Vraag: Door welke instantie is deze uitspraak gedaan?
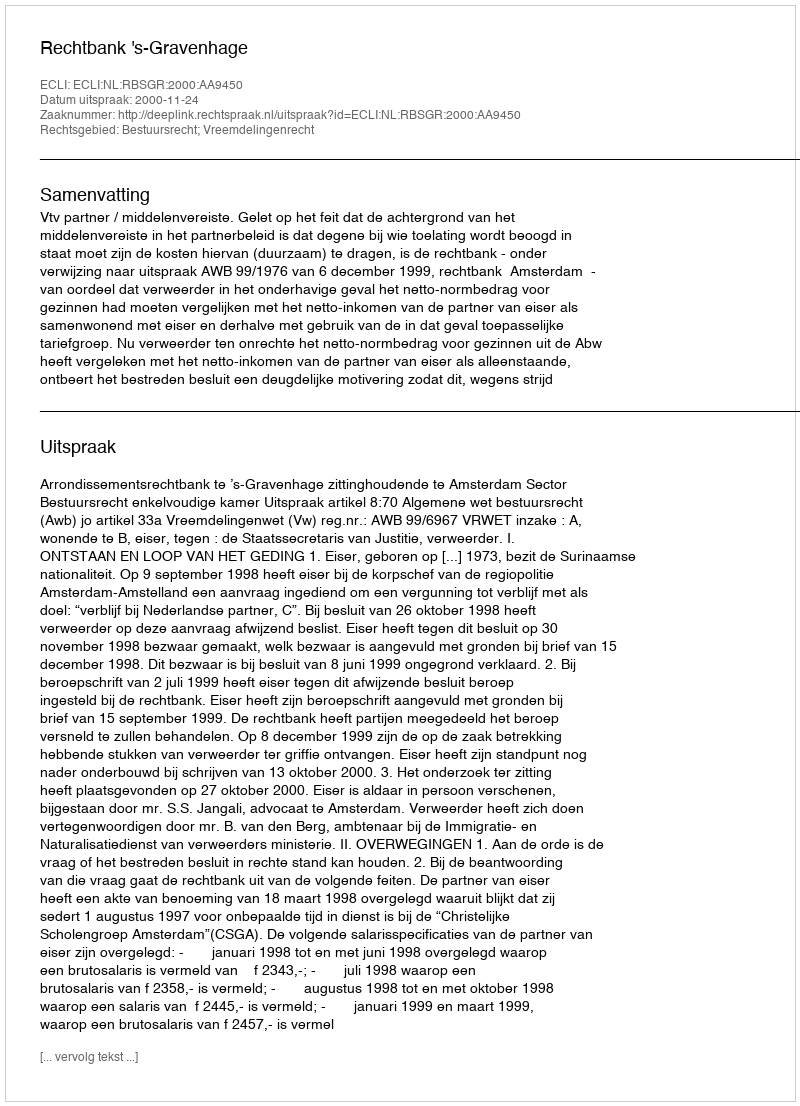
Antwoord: Rechtbank 's-Gravenhage